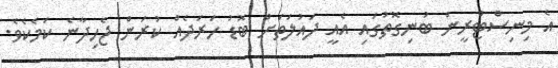
އެ މިނިސްޓްރީން ބުނިގޮތުގައި އެއީ ދައުލަތަށް ބޮޑު ހަރަދެއް ކުރަން ޖެހިދާނެ ކަމެކެވެ.